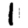
Digit: 1